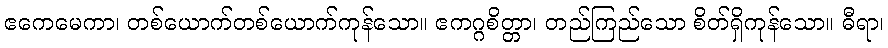
ဧကေမေကာ၊ တစ်ယောက်တစ်ယောက်ကုန်သော။ ဧကဂ္ဂစိတ္တာ၊ တည်ကြည်သော စိတ်ရှိကုန်သော။ ဓီရာ၊